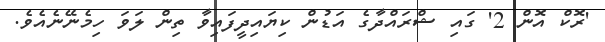
'ރޮކް އޮން 2' ގައި ޝްރައްދާގެ އަޑުން ކިޔައިދީފައިވާ ތިން ލަވަ ހިމެނޭނެއެވެ.